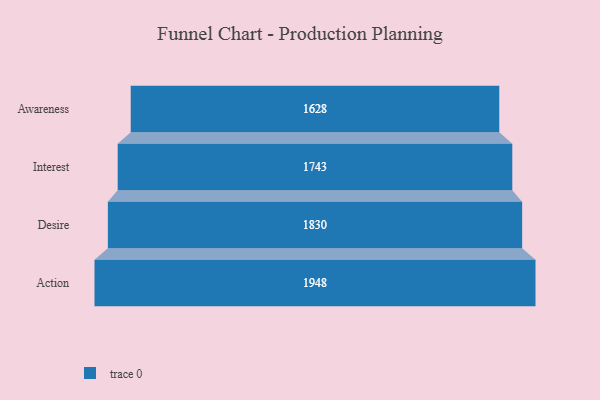
{"axis": {"x": "Stage", "y": "Value"}, "legend": [""], "data": [{"x": "Awareness", "y": 1628.0, "type": ""}, {"x": "Interest", "y": 1743.0, "type": ""}, {"x": "Desire", "y": 1830.0, "type": ""}, {"x": "Action", "y": 1948.0, "type": ""}]}